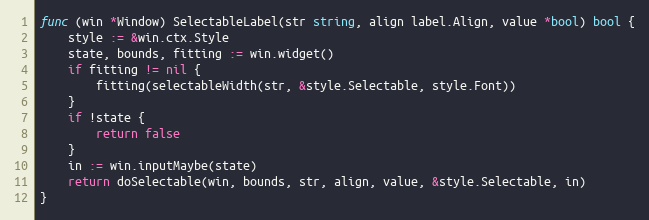
Language: Go
func (win *Window) SelectableLabel(str string, align label.Align, value *bool) bool {
	style := &win.ctx.Style
	state, bounds, fitting := win.widget()
	if fitting != nil {
		fitting(selectableWidth(str, &style.Selectable, style.Font))
	}
	if !state {
		return false
	}
	in := win.inputMaybe(state)
	return doSelectable(win, bounds, str, align, value, &style.Selectable, in)
}